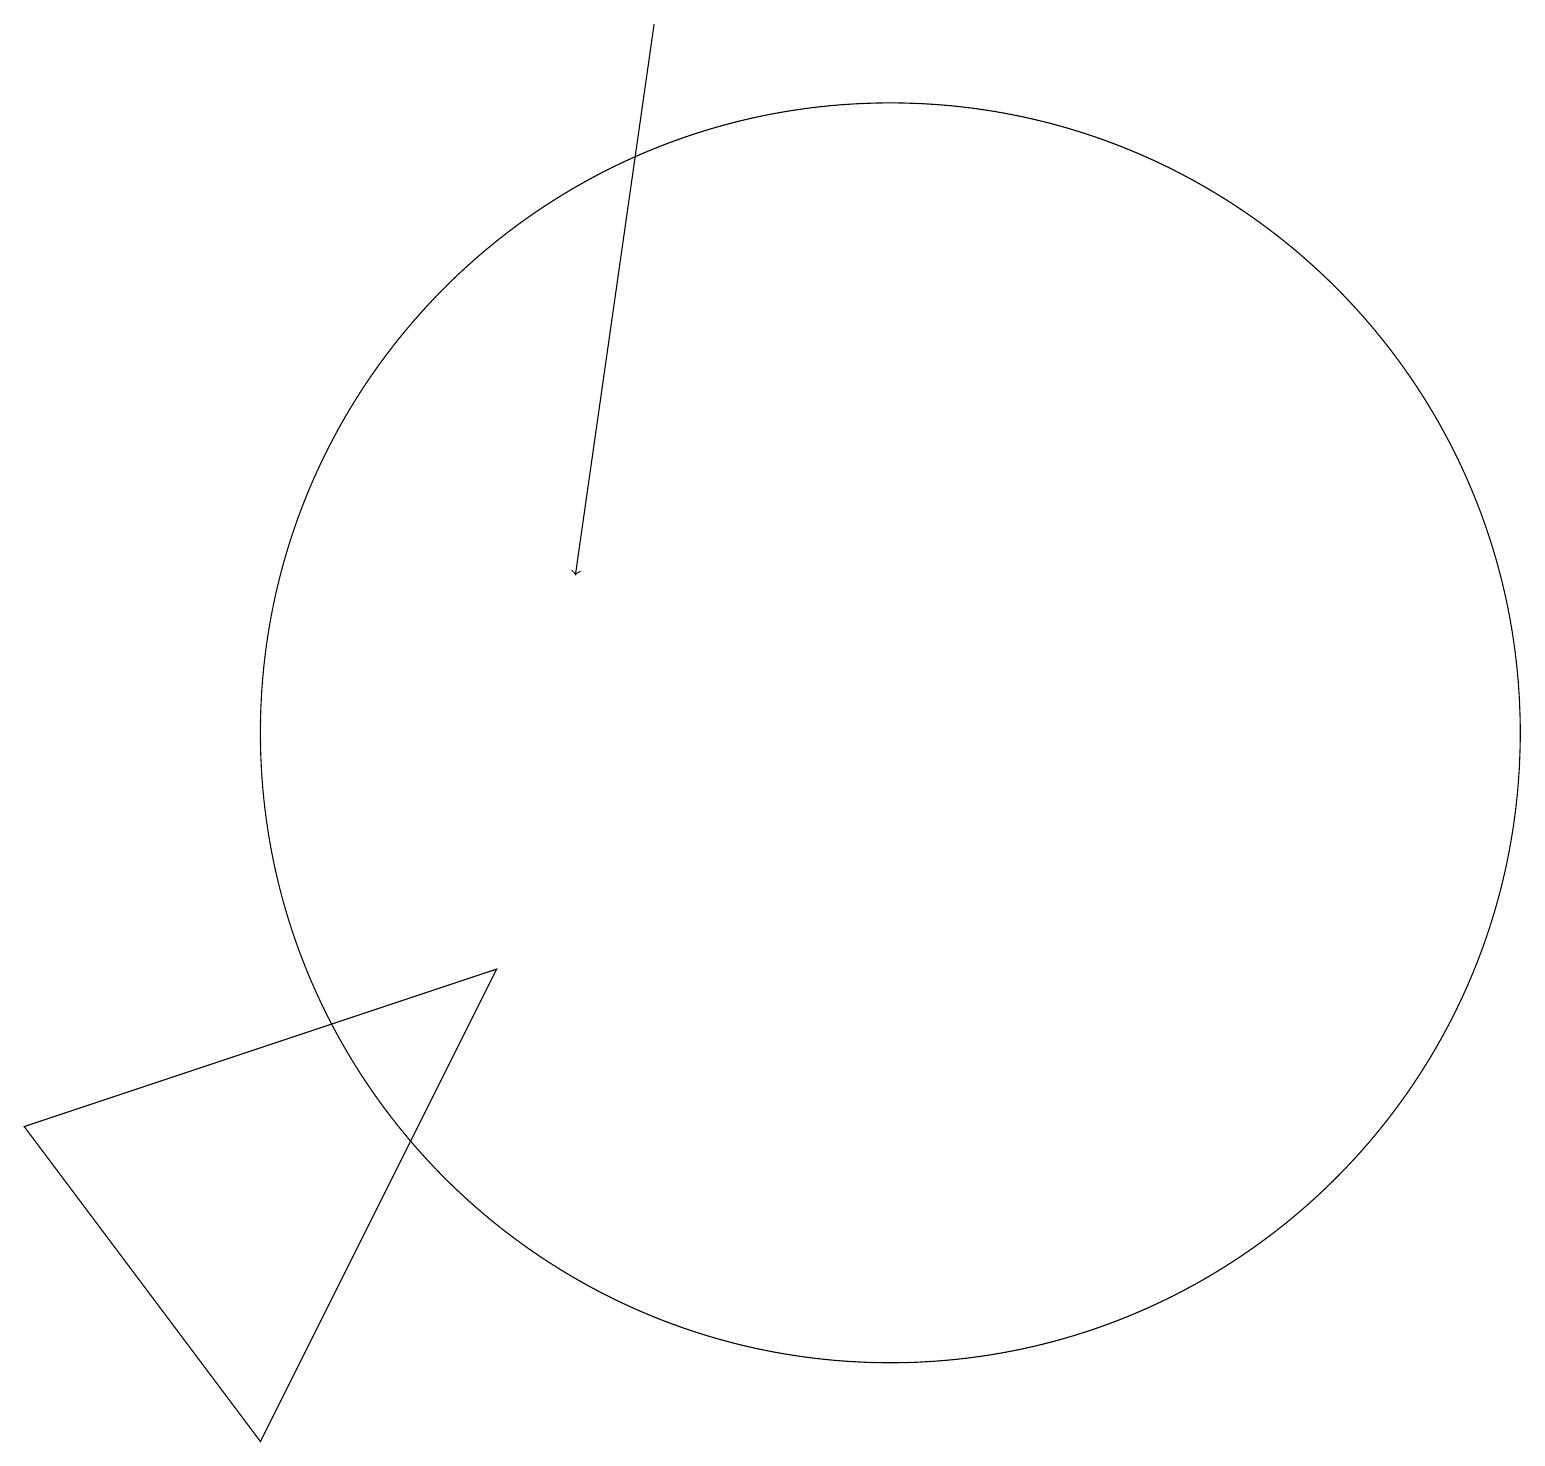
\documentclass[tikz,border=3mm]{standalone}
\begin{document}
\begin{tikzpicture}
\draw[->] (9,19) -- (8,12);
\draw (7,7) -- (4,1) -- (1,5) -- cycle;
\draw (12,10) circle (8);
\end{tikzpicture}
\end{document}